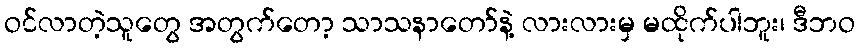
ဝင်လာတဲ့သူတွေ အတွက်တော့ သာသနာတော်နဲ့ လားလားမှ မထိုက်ပါဘူး၊ ဒီဘဝ